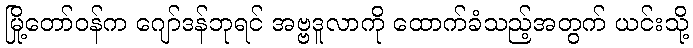
မြို့တော်ဝန်က ဂျော်ဒန်ဘုရင် အဗ္ဗဒူလာကို ထောက်ခံသည့်အတွက် ယင်းသို့